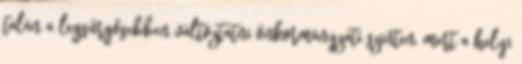
talán a legsürgősebben változtatni önkormányzati szinten, mert a helyi